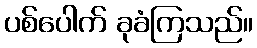
ပစ်ပေါက် ခုခံကြသည်။